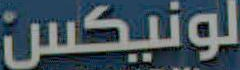
لونيكس